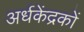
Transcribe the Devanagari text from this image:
अर्धकेंद्रकों